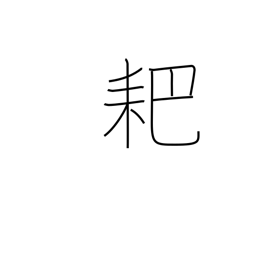
Meaning: forked hoe